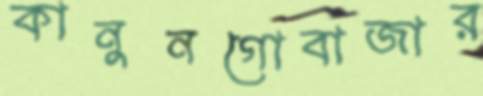
কানুনগোবাজার